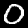
Label: 0